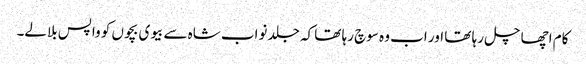
کام اچھا چل رہا تھا اور اب وہ سوچ رہا تھا کہ جلد نواب شاہ سے بیوی بچوں کو واپس بلالے۔